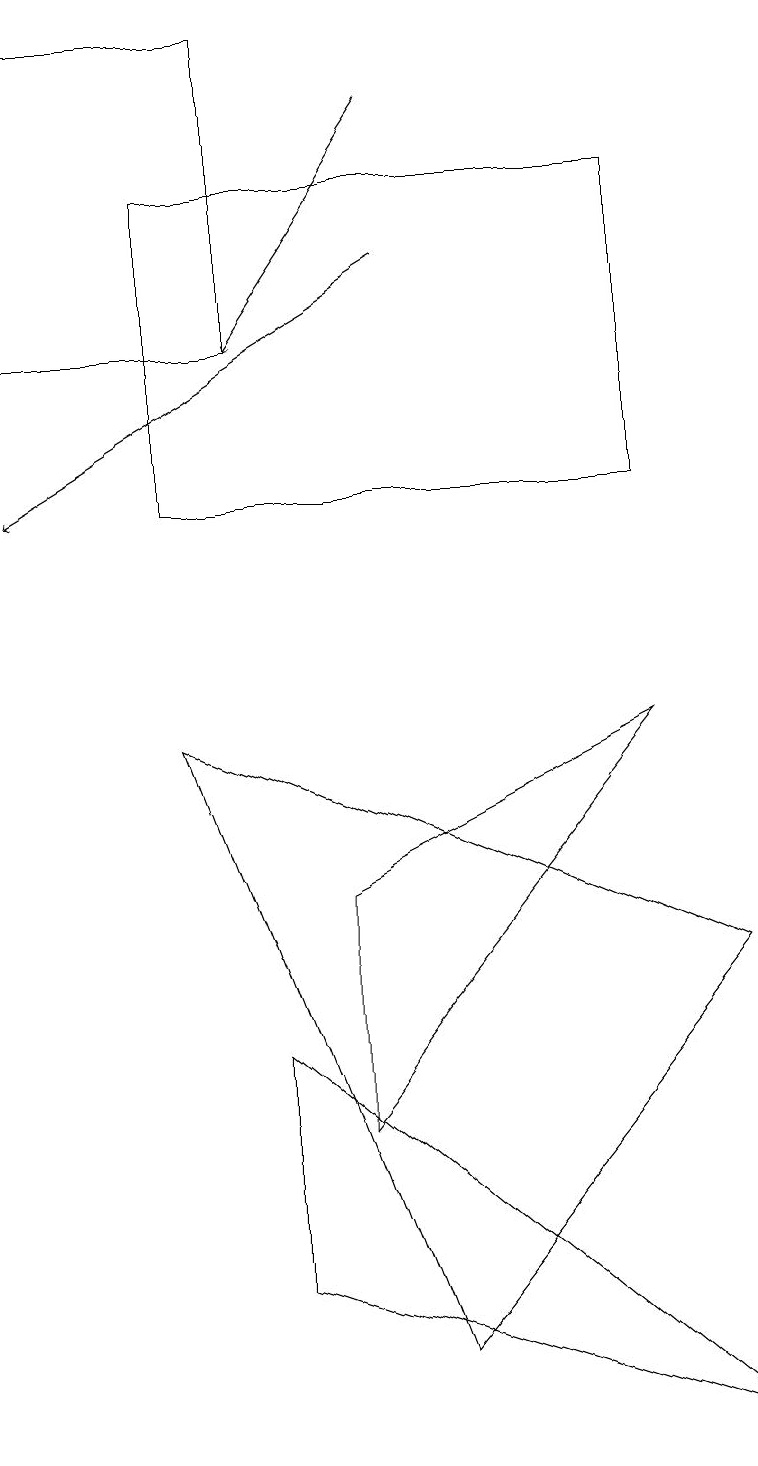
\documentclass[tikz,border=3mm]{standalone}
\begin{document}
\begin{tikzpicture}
\draw[->] (5,15) -- (0,12);
\draw (0,14) rectangle (3,18);
\draw (5,1) -- (2,9) -- (9,6) -- cycle;
\draw (8,9) -- (4,7) -- (4,4) -- cycle;
\draw (3,5) -- (9,0) -- (3,2) -- cycle;
\draw (8,12) rectangle (2,16);
\draw[->] (5,17) -- (3,14);
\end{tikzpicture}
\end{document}